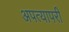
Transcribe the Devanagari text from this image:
अपत्यापरी